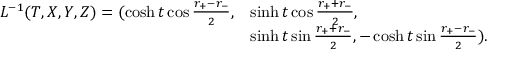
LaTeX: \begin{array} { l l } { { L ^ { - 1 } ( T , X , Y , Z ) = ( \cosh t \cos \frac { r _ { + } - r _ { - } } { 2 } , } } & { { \sinh t \cos \frac { r _ { + } + r _ { - } } { 2 } , } } \\ { { } } & { { \sinh t \sin \frac { r _ { + } + r _ { - } } { 2 } , - \cosh t \sin \frac { r _ { + } - r _ { - } } { 2 } ) . } } \end{array}